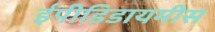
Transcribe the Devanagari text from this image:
ईपीडिडायमीस